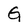
Character: G